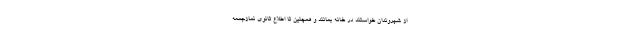
از شهروندان خواستند در خانه بمانند و همچنین تا اطلاع ثانوی نمازجمعه